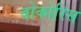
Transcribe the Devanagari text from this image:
बोकोरिस